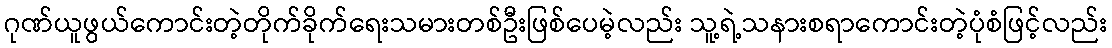
ဂုဏ်ယူဖွယ်ကောင်းတဲ့တိုက်ခိုက်ရေးသမားတစ်ဦးဖြစ်ပေမဲ့လည်း သူ့ရဲ့သနားစရာကောင်းတဲ့ပုံစံဖြင့်လည်း